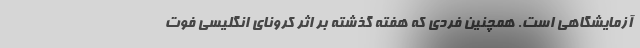
آزمایشگاهی است. همچنین فردی که هفته گذشته بر اثر کرونای انگلیسی فوت